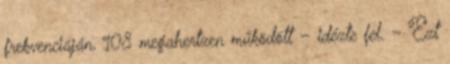
frekvenciáján, 108 megahertzen működött – idézte fel. – Ezt